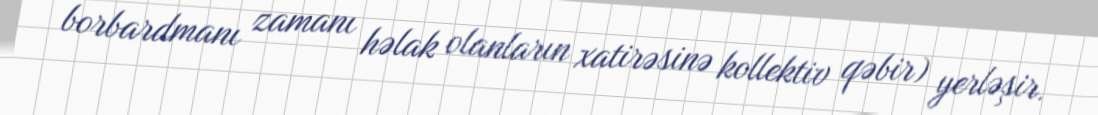
borbardmanı zamanı həlak olanların xatirəsinə kollektiv qəbir) yerləşir.